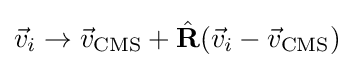
{\vec {v}}_{i}\rightarrow {\vec {v}}_{\mathrm {CMS} }+{\hat {\mathbf {R} }}({\vec {v}}_{i}-{\vec {v}}_{\mathrm {CMS} })